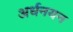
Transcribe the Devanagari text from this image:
अर्धनयन